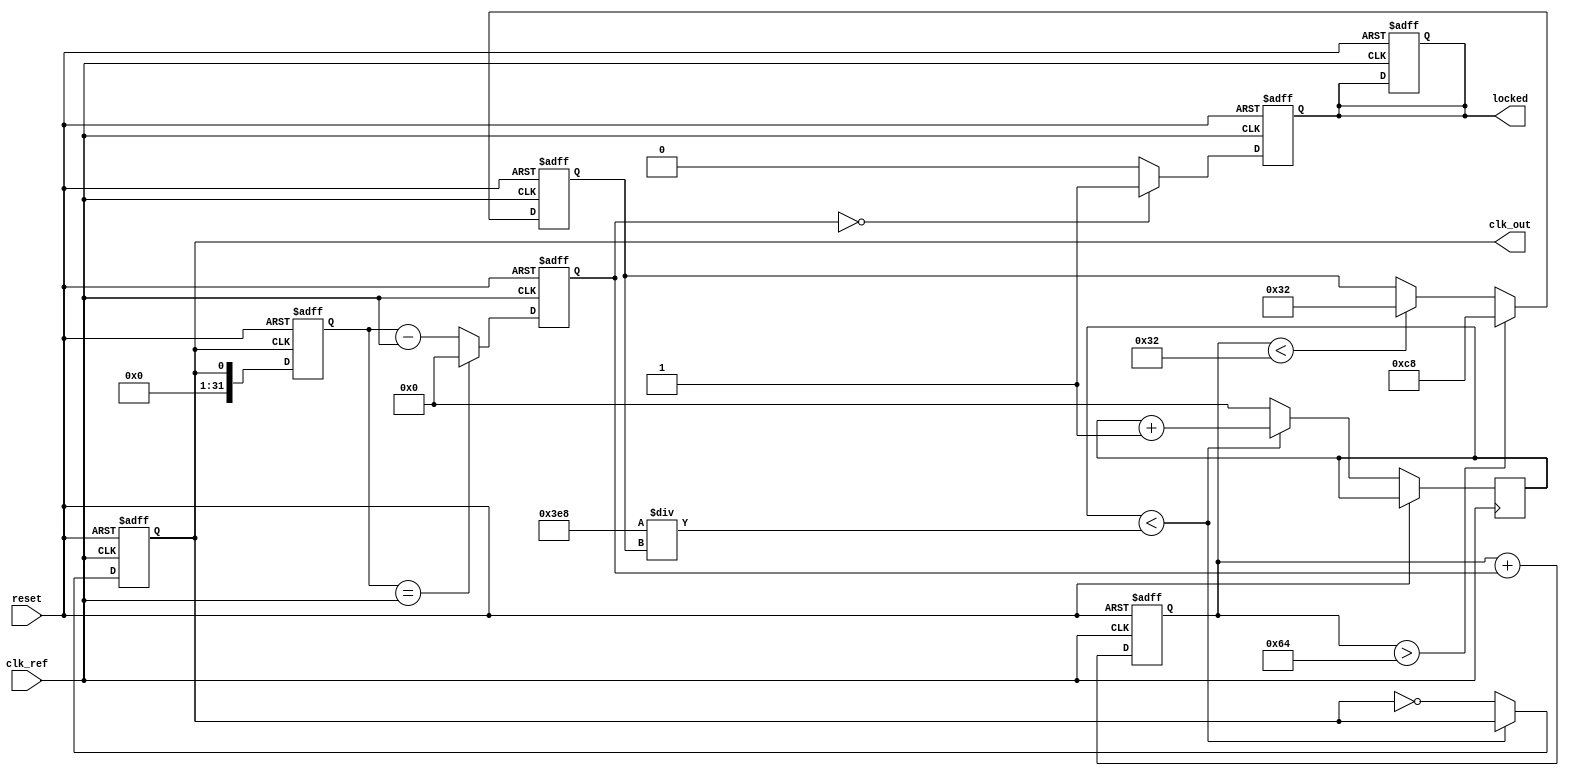
module low_jitter_pll (
    input wire clk_ref,           // Reference clock input
    input wire reset,             // Reset signal
    output reg clk_out,           // Output clock
    output reg locked             // Lock status indicator
);

// Parameters for the PLL
parameter DIV_RATIO = 4;         // Frequency divider ratio
parameter VCO_MAX_FREQ = 200;    // Max VCO frequency in MHz
parameter VCO_MIN_FREQ = 50;     // Min VCO frequency in MHz

// Internal signals
reg [31:0] phase_error;           // Phase error signal
reg [31:0] control_voltage;        // Control voltage from LPF
reg [31:0] vco_freq;              // VCO frequency
reg [31:0] feedback_clk;          // Feedback clock signal
reg [31:0] count;                 // Counter for frequency division

// Phase Detector (PD)
always @(posedge clk_ref or posedge reset) begin
    if (reset) begin
        phase_error <= 0;
    end else begin
        // Simple phase error calculation (for demonstration)
        if (feedback_clk == clk_ref) begin
            phase_error <= 0; // Aligned
        end else begin
            phase_error <= feedback_clk - clk_ref; // Phase difference
        end
    end
end

// Charge Pump and Low-Pass Filter (LPF)
always @(posedge clk_ref or posedge reset) begin
    if (reset) begin
        control_voltage <= 0;
    end else begin
        // Simple LPF implementation
        control_voltage <= control_voltage + phase_error; // Integrate phase error
    end
end

// Voltage-Controlled Oscillator (VCO)
always @(posedge clk_ref or posedge reset) begin
    if (reset) begin
        vco_freq <= VCO_MIN_FREQ;
        clk_out <= 0;
        locked <= 0;
    end else begin
        // Simple VCO frequency control
        if (control_voltage > 100) begin
            vco_freq <= VCO_MAX_FREQ; // Increase frequency
        end else if (control_voltage < 50) begin
            vco_freq <= VCO_MIN_FREQ; // Decrease frequency
        end
        
        // Generate output clock based on VCO frequency
        if (count < (1000 / vco_freq)) begin
            count <= count + 1;
        end else begin
            clk_out <= ~clk_out; // Toggle output clock
            count <= 0;
        end
    end
end

// Frequency Divider
always @(posedge clk_out or posedge reset) begin
    if (reset) begin
        feedback_clk <= 0;
    end else begin
        feedback_clk <= clk_out; // Feedback to phase detector
    end
end

// Lock status
always @(posedge clk_ref or posedge reset) begin
    if (reset) begin
        locked <= 0;
    end else begin
        // Simple lock detection (for demonstration)
        if (phase_error == 0) begin
            locked <= 1; // PLL is locked
        end else begin
            locked <= 0; // PLL is not locked
        end
    end
end

endmodule